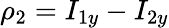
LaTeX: \rho_{2}=I_{1y}-I_{2y}